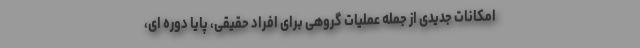
امکانات جدیدی از جمله عملیات گروهی برای افراد حقیقی، پایا دوره ای،